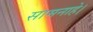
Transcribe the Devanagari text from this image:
सामनाहे।